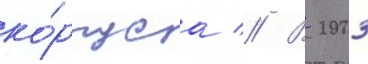
ко́рпуса // В 2003